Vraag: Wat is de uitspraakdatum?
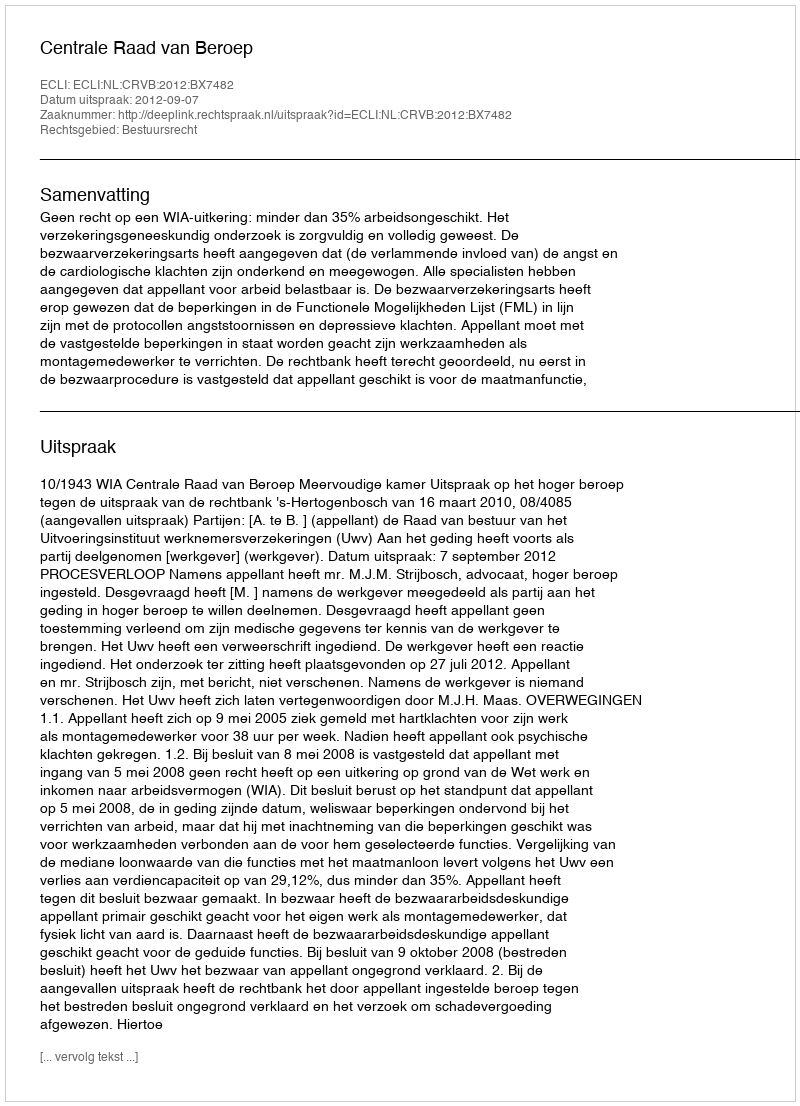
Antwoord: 2012-09-07